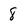
Character: 8